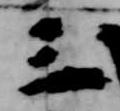
三